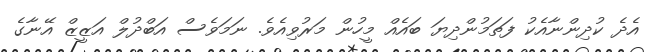
އެދެ ކުދިންނާއެކު ފަތަމުންދިޔަ ބައެއް މީހުން މަރުވިއެވެ. ނަމަވެސް އަބްދުލް އަޒީޒް އޭނާގެ